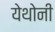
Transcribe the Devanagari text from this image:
येथोनी